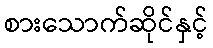
စားသောက်ဆိုင်နှင့်